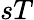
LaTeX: sT